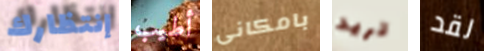
إنتظارك أطيب بامكانى تريد لقد